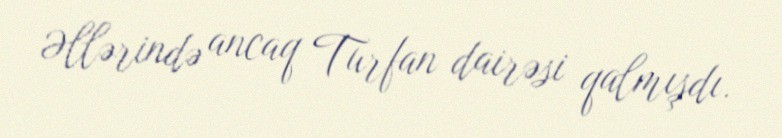
Əllərində ancaq Turfan dairəsi qalmışdı.